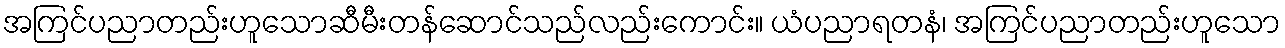
အကြင်ပညာတည်းဟူသောဆီမီးတန်ဆောင်သည်လည်းကောင်း။ ယံပညာရတနံ၊ အကြင်ပညာတည်းဟူသော